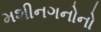
મશીનગનોનો